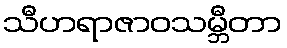
သီဟရာဇာဝသမ္ဘီတာ